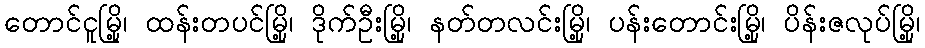
တောင်ငူမြို့၊ ထန်းတပင်မြို့၊ ဒိုက်ဦးမြို့၊ နတ်တလင်းမြို့၊ ပန်းတောင်းမြို့၊ ပိန်းဇလုပ်မြို့၊